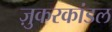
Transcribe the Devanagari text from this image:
ज़ुकरकांडल